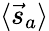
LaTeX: \langle{\vec{s}}_{a}\rangle